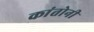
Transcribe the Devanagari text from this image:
कांतोनी